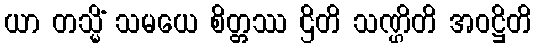
ယာ တသ္မိံ သမယေ စိတ္တဿ ဌိတိ သဏ္ဌိတိ အဝဋ္ဌိတိ